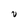
Character: V